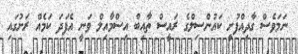
ނަމަވެސް ގާދިއްފުށީ ކައުންސިލްގެ ރައީސް ތާއިބް އިސްމާއިލް ވަނީ އެފަދަ ކަމެއް ރަށުގައި